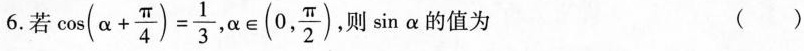
6.若$$\cos ( α + \frac { π } { 4 } ) = \frac { 1 } { 3 }$$ ，$$α \in ( 0 , \frac { π } { 2 } )$$ ，则sinα的值为 ( )